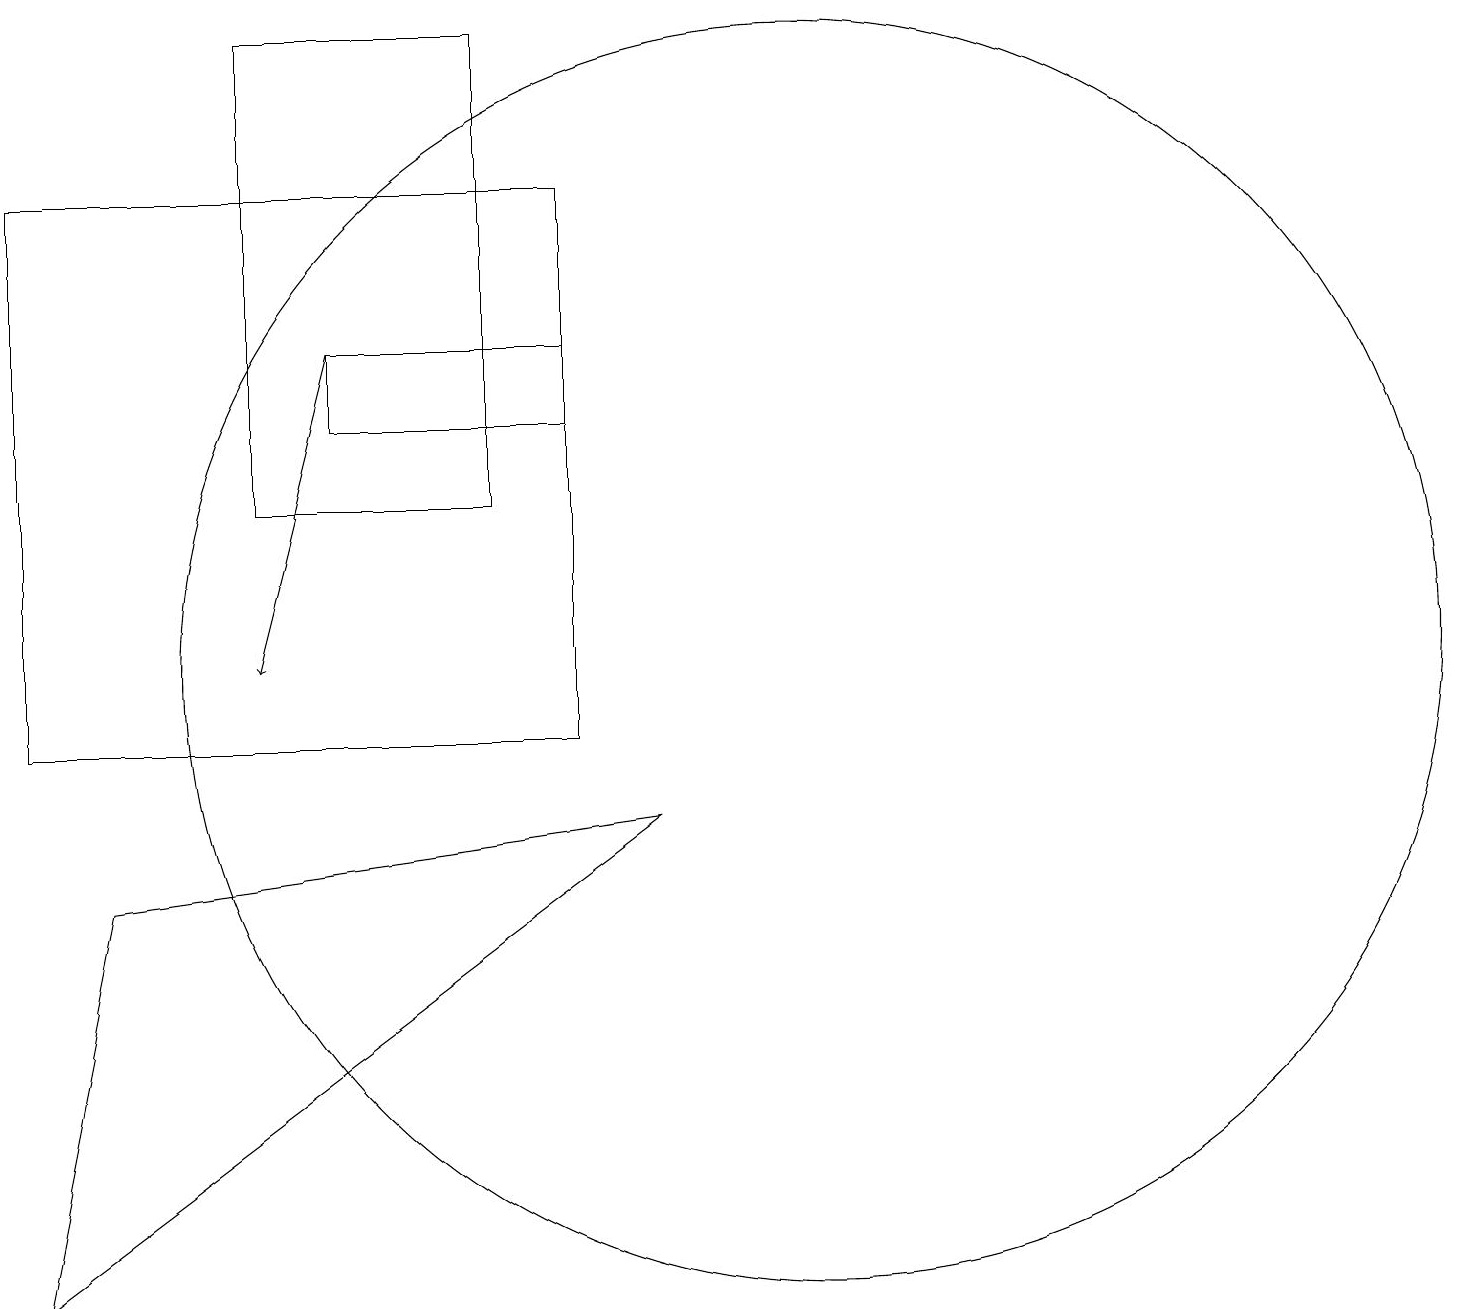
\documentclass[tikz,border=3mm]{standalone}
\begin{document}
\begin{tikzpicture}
\draw (1,3) -- (9,9) -- (2,8) -- cycle;
\draw[->] (5,15) -- (4,11);
\draw (8,15) rectangle (5,14);
\draw (7,13) rectangle (4,19);
\draw (1,17) rectangle (8,10);
\draw (11,11) circle (8);
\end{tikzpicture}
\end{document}